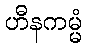
ဟီနကမ္မံ